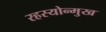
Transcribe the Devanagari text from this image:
रहस्योन्मुख